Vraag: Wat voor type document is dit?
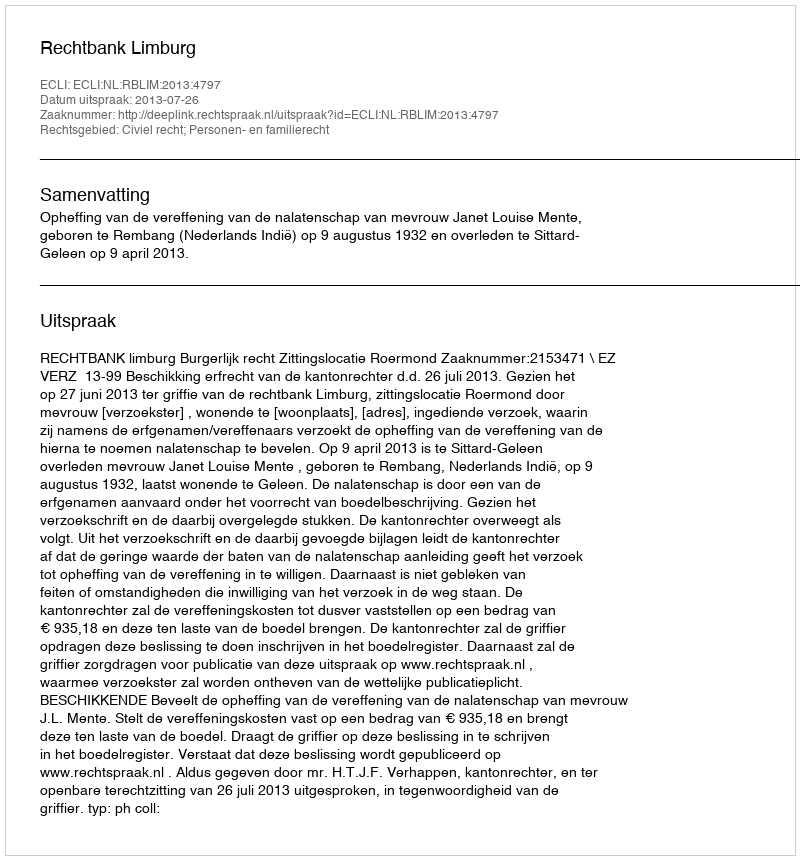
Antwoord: Uitspraak